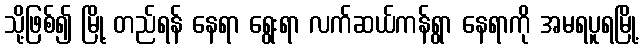
သို့ဖြစ်၍ မြို့ တည်ရန် နေရာ ရွေးရာ လက်ဆယ်ကန်ရွာ နေရာကို အမရပူရမြို့